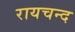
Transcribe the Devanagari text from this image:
रायचन्द